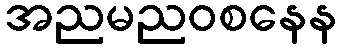
အညမညဝစနေန